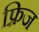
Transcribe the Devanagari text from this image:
फ़्रिज